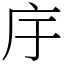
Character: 㡰